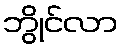
ဘွိုင်လာ